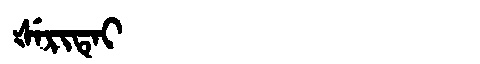
Manchu: ᡧᡝᡵᡳᡨᡝᡳ
Romanization: ŠERITEI